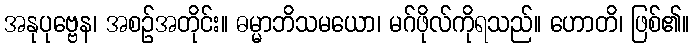
အနုပုဗ္ဗေန၊ အစဉ်အတိုင်း။ ဓမ္မာဘိသမယော၊ မဂ်ဖိုလ်ကိုရသည်။ ဟောတိ၊ ဖြစ်၏။